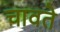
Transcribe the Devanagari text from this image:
चावते